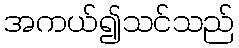
အကယ်၍သင်သည်